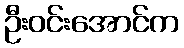
ဦးဝင်းအောင်က